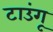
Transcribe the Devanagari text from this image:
टाउंगू